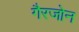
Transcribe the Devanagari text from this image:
गैरजोन